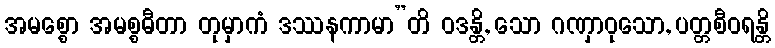
အမစ္စော အမစ္စဓီတာ တုမှာကံ ဒဿနကာမာ”တိ ဝဒန္တိ, သော ဂဏှာဝုသော, ပတ္တစီဝရန္တိ